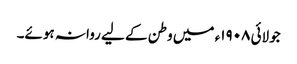
جولائی ١٩٠٨ء میں وطن کے لیے روانہ ہوئے۔